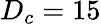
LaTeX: D_{c}=15